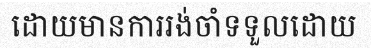
ដោយមានការរង់ចាំទទួលដោយ